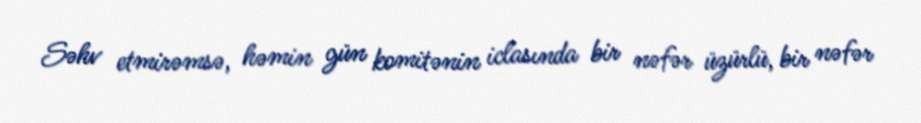
Səhv etmirəmsə, həmin gün komitənin iclasında bir nəfər üzürlü, bir nəfər